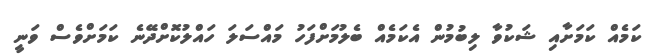
ކަމެއް ކަމަށާއި ޝަކުވާ ލިބުމުން އެކަމެއް ބެލުމަށްފަހު މައްސަލަ ހައްލުކޮށްދޭނެ ކަމަށްވެސް ވަނީ